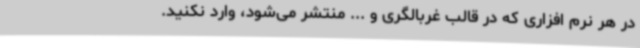
در هر نرم افزاری که در قالب غربالگری و ... منتشر می‌شود، وارد نکنید.